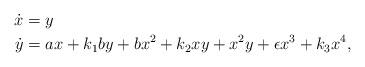
LaTeX: \begin{align*}\dot{x}&= y \\\dot{y}&= a x + k_1 b y + b x^2 + k_2 x y+x^2 y+\epsilon x^3+k_3 x^4, \end{align*}